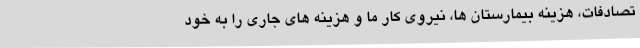
تصادفات، هزینه بیمارستان ها، نیروی کار ما و هزینه های جاری را به خود